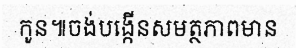
កូន៕ចង់បង្កើនសមត្ថភាពមាន